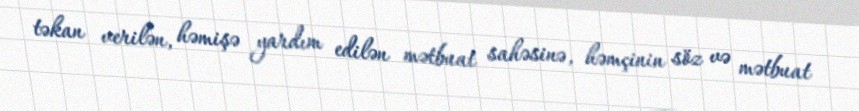
təkan verilən, həmişə yardım edilən mətbuat sahəsinə, həmçinin söz və mətbuat